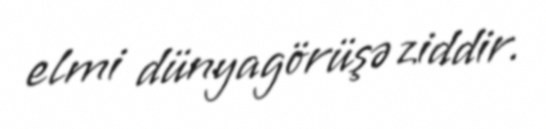
elmi dünyagörüşə ziddir.